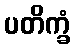
ပတိက္ခံ